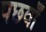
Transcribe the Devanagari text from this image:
पछवाँ